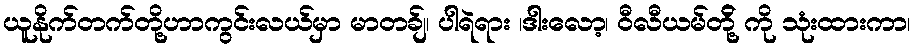
ယူနိုက်တက်တို့ဟာကွင်းလယ်မှာ မာတခ်ျ၊ ပါရဲရား ၊ဒါးလော့၊ ဝီလီယမ်တို့် ကို သုံးထားကာ၊